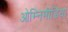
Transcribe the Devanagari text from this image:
ओम्‍निमीडिया